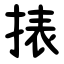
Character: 㧼